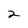
Character: 2